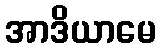
အာဒိယာမေ